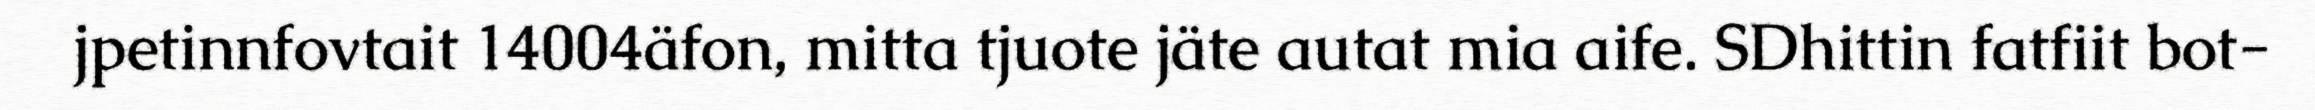
jpetinnfovtait 14004äfon, mitta tjuote jäte autat mia aife. SDhittin fatfiit bot-